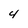
Character: 4